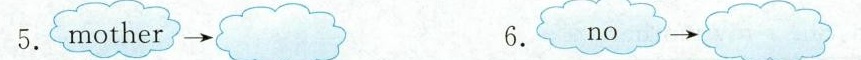
5.mother\longrightarrow 6.no\longrightarrow